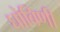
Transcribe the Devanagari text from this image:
घोबिणी